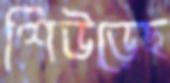
শিউড়েছ